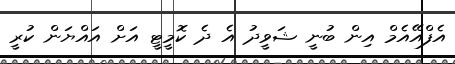
އެފްއޭއެމް އިން ބުނީ ޝަވީދު އެ ދެ ކޮމީޓީ އަށް އައްޔަން ކުރީ